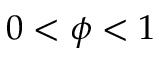
0 < \phi < 1